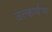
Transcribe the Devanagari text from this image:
उत्कर्षण